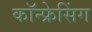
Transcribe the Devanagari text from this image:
कॉन्फ्रेसिंग